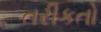
તરીકતો